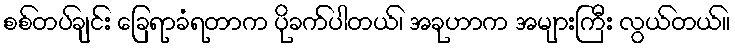
စစ်တပ်ချင်း ခြေရာခံရတာက ပိုခက်ပါတယ်၊ အခုဟာက အများကြီး လွယ်တယ်။